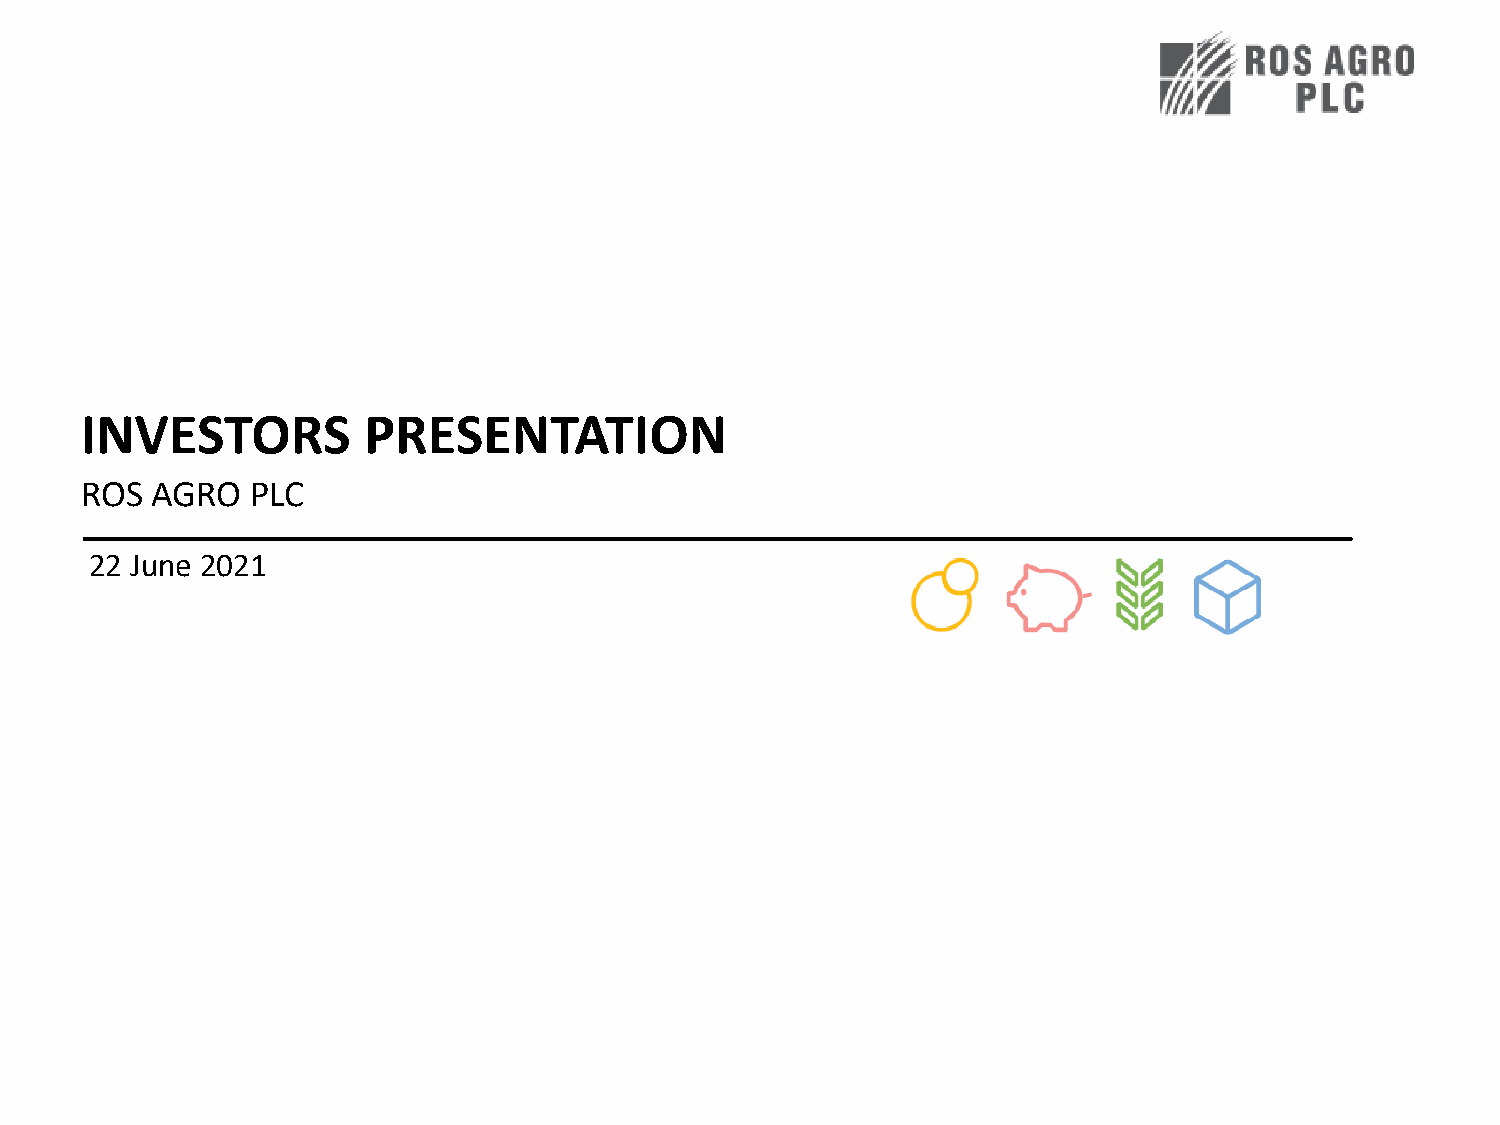
INVESTORS          PRESENTATION
 ROS  AGRO   PLC
 22 June 2021
 20 November  2018